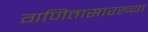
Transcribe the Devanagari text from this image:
गणितासारख्या